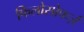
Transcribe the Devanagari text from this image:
फिलोसोफर्ज़